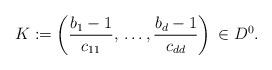
LaTeX: \begin{align*}K:=\left( \frac{b_{1}-1}{c_{11}},\thinspace \mathellipsis ,\frac{b_{d}-1}{c_{dd}} \right)\thinspace \in D^{0}.\end{align*}